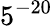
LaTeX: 5^{-20}